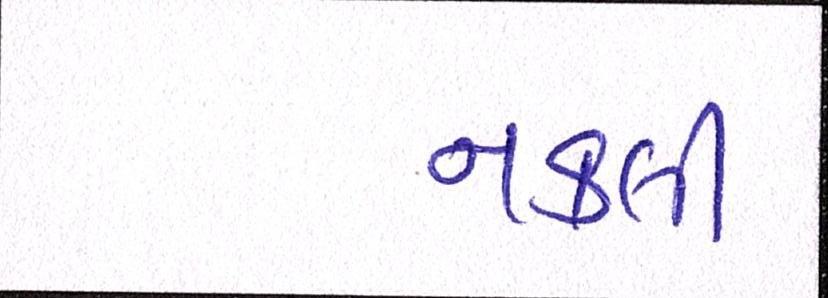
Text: નકલી